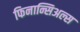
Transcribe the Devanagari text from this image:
फिनान्सिअल्स